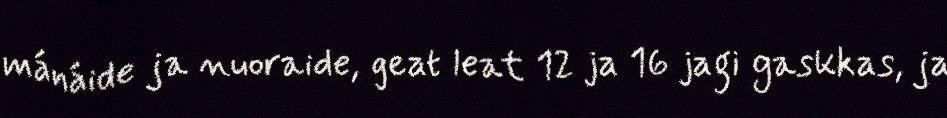
mánáide ja nuoraide, geat leat 12 ja 16 jagi gaskkas, ja